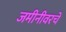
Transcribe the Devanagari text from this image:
जमीनीवरचे